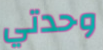
وحدتي